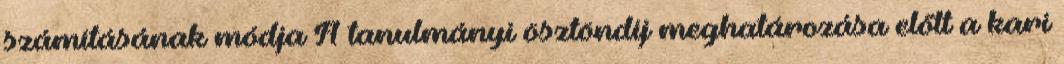
számításának módja A tanulmányi ösztöndíj meghatározása előtt a kari